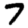
Digit: 7